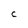
Character: C